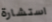
استشارة